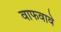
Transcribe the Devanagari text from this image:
वाफवावे